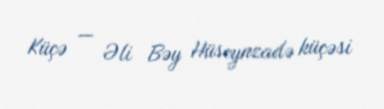
Küçə — Əli Bəy Hüseynzadə küçəsi